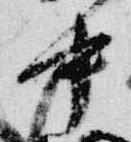
中